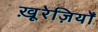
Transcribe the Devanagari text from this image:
खू़रेज़ियाँ